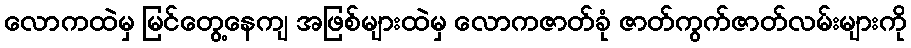
လောကထဲမှ မြင်တွေ့နေကျ အဖြစ်များထဲမှ လောကဇာတ်ခုံ ဇာတ်ကွက်ဇာတ်လမ်းများကို